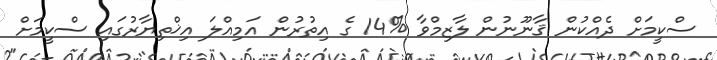
ސްކީމަށް ދެއްކުން ޤާނޫނުން ލާޒިމްވާ %14 ގެ އިތުރުން އަމިއްލަ އިޚްތިޔާރުގައި ސްކީމަށް